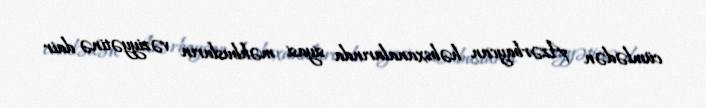
cümlədən Azərbaycan həbsxanalarında siyasi məhbusların vəziyyətinə dair